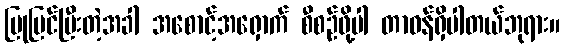
ပြုပြင်ပြီးတဲ့အခါ အစောင့်အရှောက် စီစဉ်ဖို့ပါ တာဝန်ရှိပါတယ်ဘုရား။